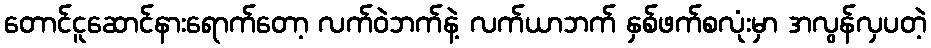
တောင်ငူဆောင်နားရောက်တော့ လက်ဝဲဘက်နဲ့ လက်ယာဘက် နှစ်ဖက်စလုံးမှာ အလွန်လှပတဲ့